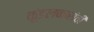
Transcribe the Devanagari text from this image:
कुंडलकारांची